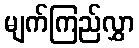
မျက်ကြည်လွှာ